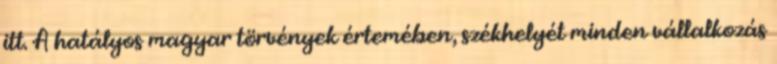
itt. A hatályos magyar törvények értemében, székhelyét minden vállalkozás